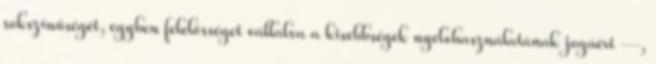
sokszínűségét, egyben felelősséget vállalva a kisebbségek nyelvhasználatának jogáért —,